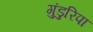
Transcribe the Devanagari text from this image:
गुंडुरिपा